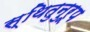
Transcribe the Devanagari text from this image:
स्थितुनुरूप